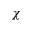
\chi